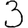
Digit: 3